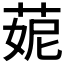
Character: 𦲁